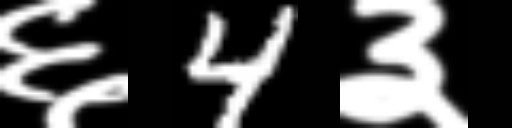
Text: ६4३